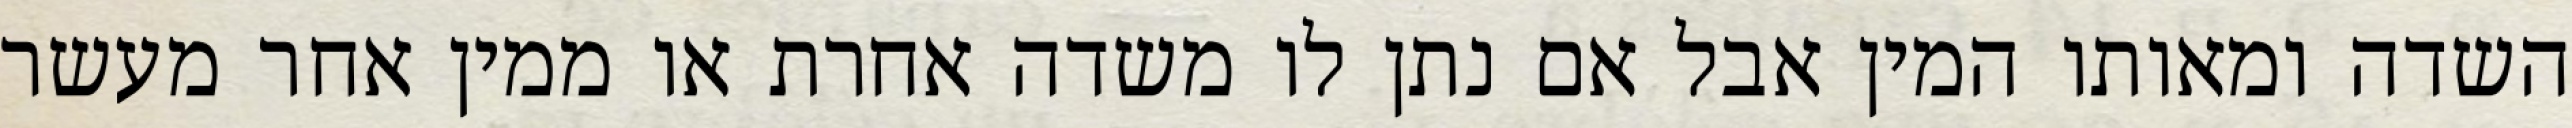
השדה ומאותו המין אבל אם נתן לו משדה אחרת או ממין אחר מעשר